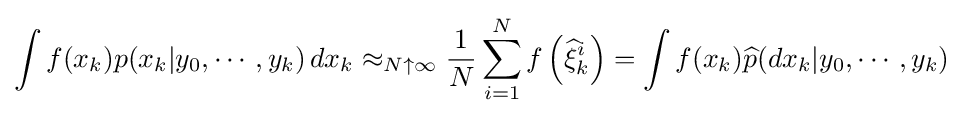
\int f(x_{k})p(x_{k}|y_{0},\cdots ,y_{k})\,dx_{k}\approx _{N\uparrow \infty }{\frac {1}{N}}\sum _{i=1}^{N}f\left({\widehat {\xi }}_{k}^{i}\right)=\int f(x_{k}){\widehat {p}}(dx_{k}|y_{0},\cdots ,y_{k})